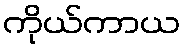
ကိုယ်ကာယ